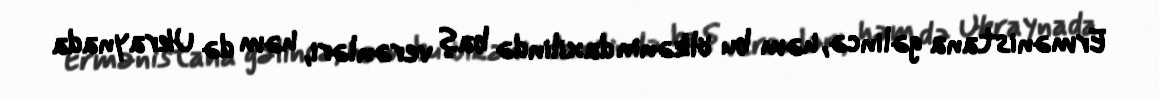
Ermənistana gəlincə, həm bu ölkənin daxilində baş verənləri, həm də Ukraynada